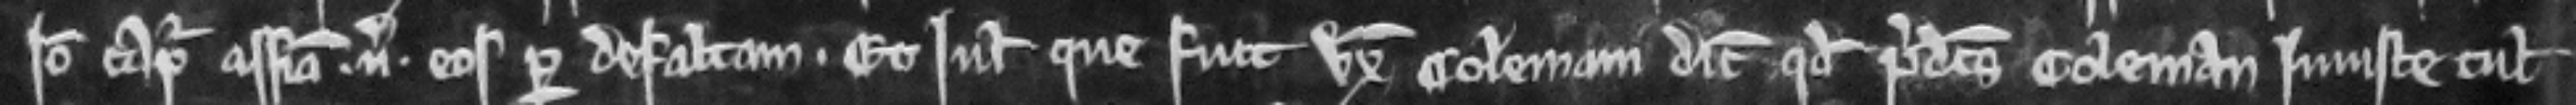
Ideo capiatur assisa versus eos per defaltam. Et Juliana que fuit uxor Colemani dicit quod predictus Coleman injuste tulit